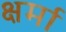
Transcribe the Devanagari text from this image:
क्षर्मा